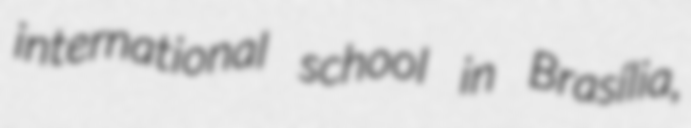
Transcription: international school in Brasília,